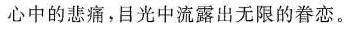
心中的悲痛，目光中流露出无限的眷恋。